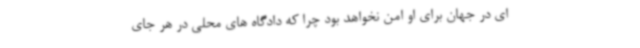
ای در جهان برای او امن نخواهد بود چرا که دادگاه های محلی در هر جای